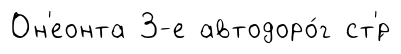
Он'еонта 3-е автодоро́г ст'́р